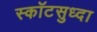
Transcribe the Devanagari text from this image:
स्कॉटसुध्दा